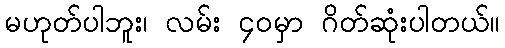
မဟုတ်ပါဘူး၊ လမ်း ၄၀မှာ ဂိတ်ဆုံးပါတယ်။